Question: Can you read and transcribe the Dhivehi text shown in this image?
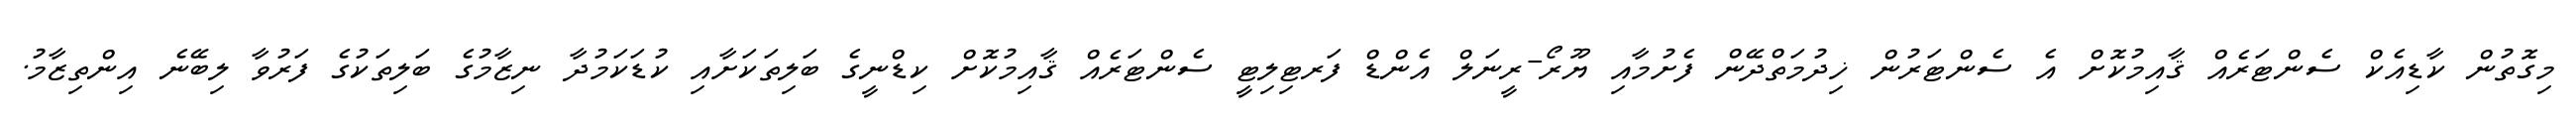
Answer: މިގޮތުން ކާޑިއެކް ސެންޓަރެއް ޤާއިމުކޮށް އެ ސެންޓަރުން ޚިދުމަތްދޭން ފެށުމާއި ޔޫރޯ-ރީނަލް އެންޑް ފަރޓިލިޓީ ސެންޓަރެއް ޤާއިމުކޮށް ކިޑްނީގެ ބަލިތަކަށާއި ކުޑަކަމުދާ ނިޒާމުގެ ބަލިތަކުގެ ފަރުވާ ލިބޭނެ އިންތިޒާމު.